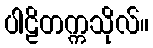
ပါဠိတက္ကသိုလ်။